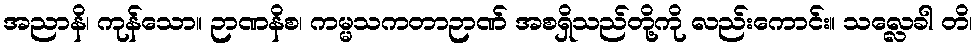
အညာနိ၊ ကုန်သော။ ဉာဏနိစ၊ ကမ္မသကတာဉာဏ် အစရှိသည်တို့ကို လည်းကောင်း။ သလ္လေခါ တိ၊